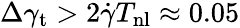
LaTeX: \Delta\gamma_{\mathrm{t}}>2\dot{\gamma}T_{\mathrm{nl}}\approx 0.05